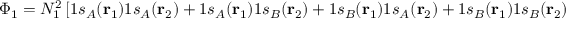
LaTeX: \Phi _ { 1 } = N _ { 1 } ^ { 2 } \left[ 1 s _ { A } ( \mathbf { r } _ { 1 } ) 1 s _ { A } ( \mathbf { r } _ { 2 } ) + 1 s _ { A } ( \mathbf { r } _ { 1 } ) 1 s _ { B } ( \mathbf { r } _ { 2 } ) + 1 s _ { B } ( \mathbf { r } _ { 1 } ) 1 s _ { A } ( \mathbf { r } _ { 2 } ) + 1 s _ { B } ( \mathbf { r } _ { 1 } ) 1 s _ { B } ( \mathbf { r } _ { 2 } ) \right] \Theta _ { 2 , 0 } .